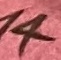
Text: 14